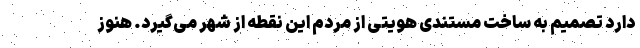
دارد تصمیم به ساخت مستندی هویتی از مردم این نقطه از شهر می‌گیرد. هنوز